system: You are a helpful assistant.
user:
Analyze the provided spectrum to determine if it is a **Carbon Star (C-type)**.

- **Key Visual Indicators of Carbon Star:**
    - **(Primary):** Strong molecular absorption from **C₂ (diatomic carbon) "Swan Bands."** This is the **defining feature** of a carbon star.
        - **(Key Bandheads):** Sharp absorption edges are visible at approximately $5635$ Å, $5165$ Å (the strongest band), and $4737$ Å.
        - **(Line Profile):** Creates a distinct **"saw-tooth"** pattern. The key morphology is a sharp, steep bandhead on the **red (long-wavelength) side**, which then gradually tapers off (i.e., flux recovers) towards the **blue (short-wavelength) side**. *(This is the direct opposite of the TiO bands seen in M-type stars)*.

    - **(Secondary):** Intense **CN (cyanogen)** molecular absorption bands.
        - **(Key Bandheads):** Located in the blue and violet regions of the spectrum (e.g., near $4215$ Å and $3883$ Å).
        - **(Morphology):** These bands are extremely broad and act as a "blanket," absorbing the vast majority of blue and violet light. This creates a characteristic **"cliff"** or **"steep drop-off"** in the spectrum's flux at short wavelengths.

    - **(Key Confirmation):** Strong **CH absorption band (G-band)**.
        - **(Key Bandhead):** Located around $4300$ Å. The contribution from CH molecules to this band is exceptionally strong.

    - **(Overall Spectrum):**
        - The continuum is severely "chopped up" by these deep molecular bands, especially C₂, rather than appearing as a smooth curve.
        - Due to the heavy CN and C₂ absorption in the blue-green, the vast majority of the star's flux is concentrated in the red part of the spectrum, giving the star its characteristic deep red color.

Think first, call **spectral_visualization_tool** if needed to examine features in detail, then provide your final answer. Your response must adhere to the following strict rules:
1.  **Overall Structure:** Your response must follow the format `<think>...</think> <tool_call>...</tool_call> (if a tool is used) <answer>...</answer>`.
2.  **Tool Usage Constraint:** You may only make **one** tool call per turn.
3.  **Final Answer Format:** In the `<answer>` tag, your conclusion must be inside a `\boxed{}` command (e.g., `\boxed{YES}`), followed by your justification.

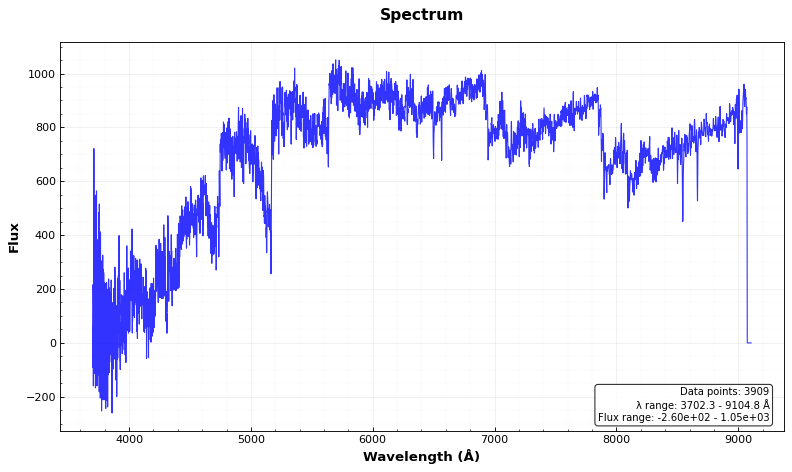
Answer: YES